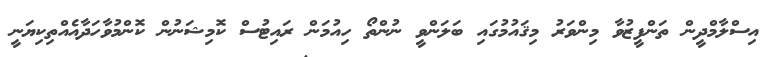
އިސްލާމްދީން ތަންފީޒުވާ މިންވަރު މިޤައުމުގައި ބަލަންވީ ނުންތޯ ހިއުމަން ރައިޓުސް ކޮމިޝަނުން ކޮންމުވާހަދާއެއްތިކިޔަނީ